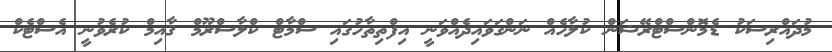
މުދައްރިސަކު ޑެމޮންސްޓްރޭޝަން ކުލާހެއް ނަންގަވައިދެއްވަނީ އިފްތިތާހުގައި ސްމާޓް ކްލާސްރޫމް ޤާއިމް ކުރެވުނީ އެސްޓެކް